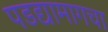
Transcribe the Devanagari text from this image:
पडद्यामागचा